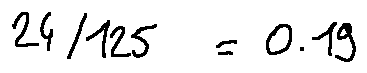
2 4 / 1 2 5 = 0 . 1 9